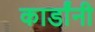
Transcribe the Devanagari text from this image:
कार्डांनी